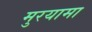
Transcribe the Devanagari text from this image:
मुरयामा